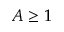
A \geq 1